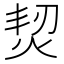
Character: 𤉟